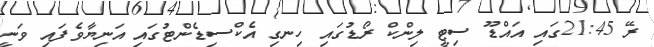
ރޭ 21:45ގައި އައްޑޫ ސިޓީ ލިންކް ރޯޑުގައި ހިނގި އެކްސިޑެންޓުގައި އަނިޔާވެފައި ވަނީ